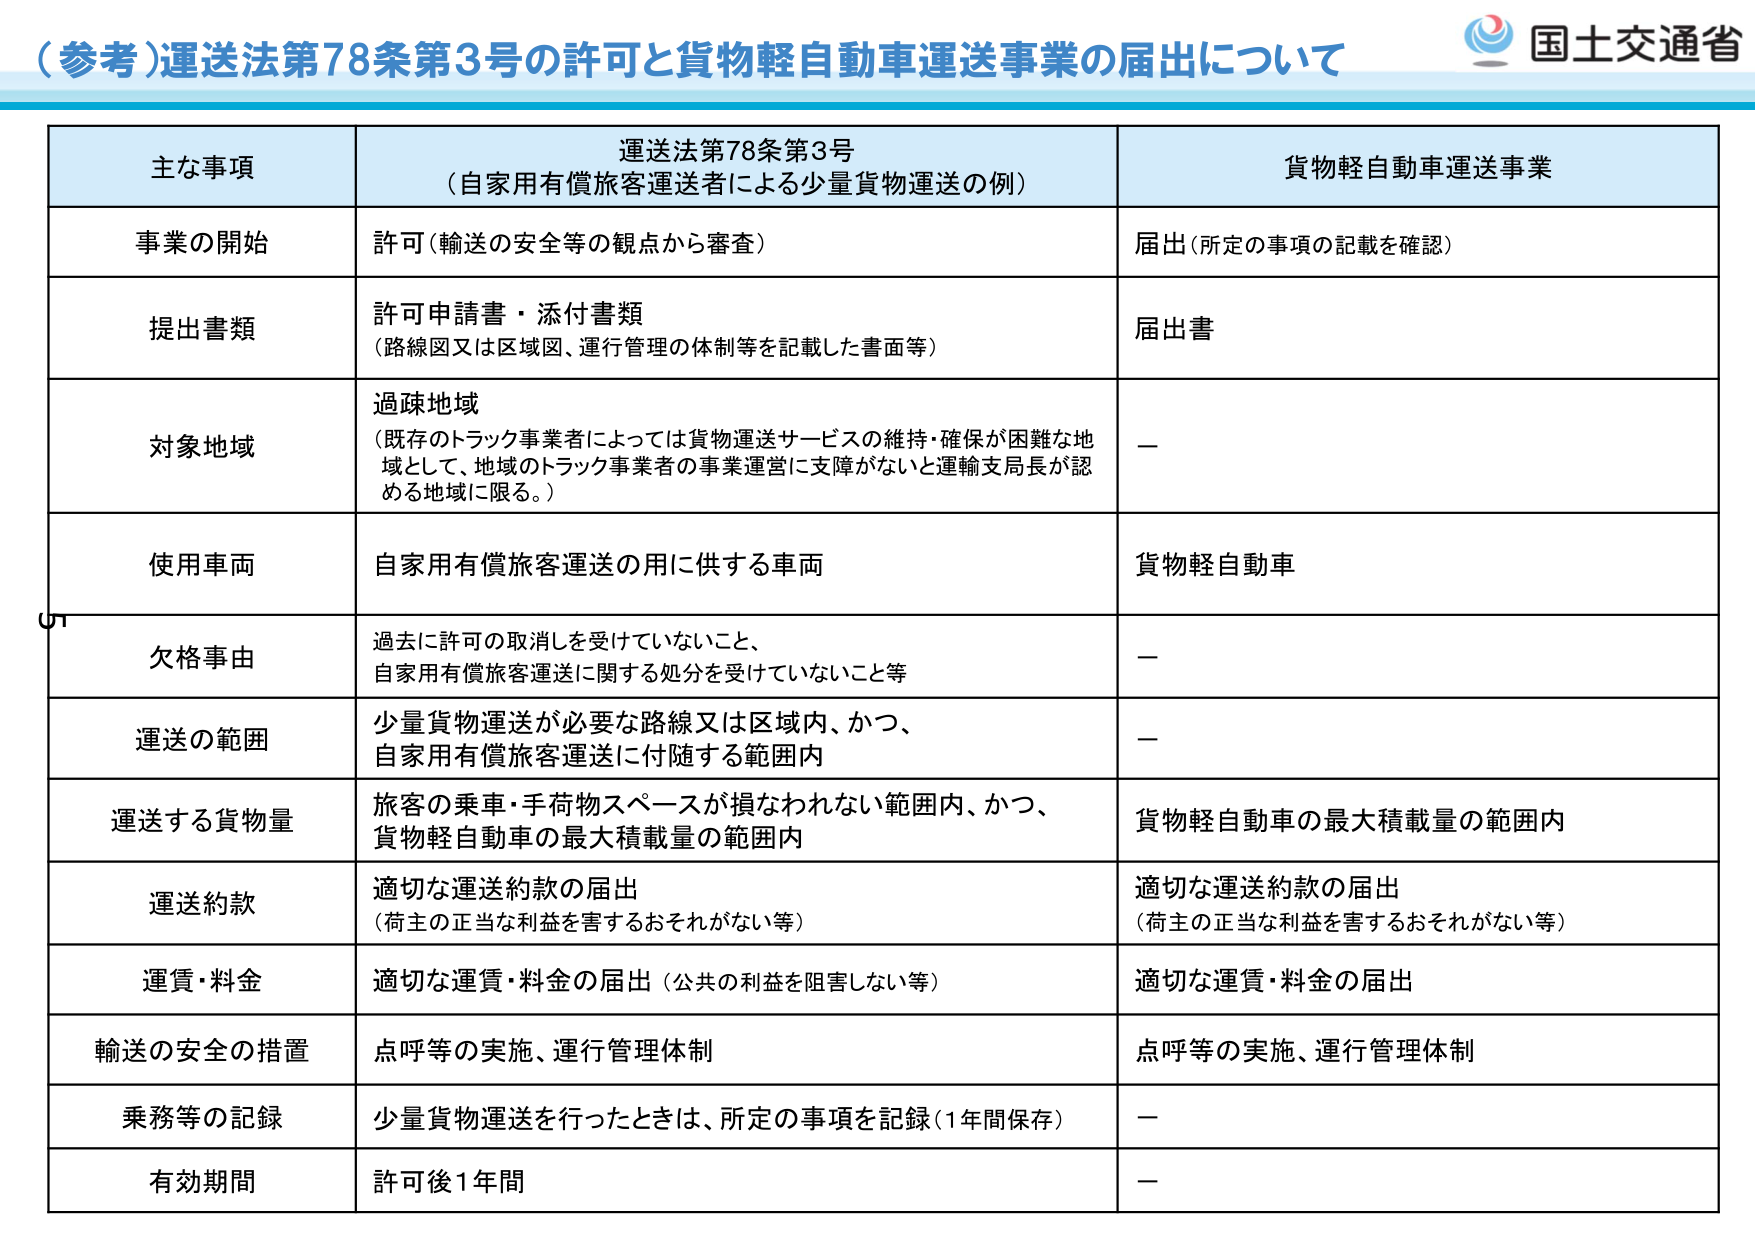
（参考）運送法第78条第3号の許可と貨物軽自動車運送事業の届出について
国土交通省

主な事項
運送法第78条第3号
（自家用有償旅客運送者による少量貨物運送の例）
貨物軽自動車運送事業

事業の開始
許可（輸送の安全等の観点から審査）
届出（所定の事項の記載を確認）

提出書類
許可申請書・添付書類
（路線図又は区域図、運行管理の体制等を記載した書面等）
届出書

対象地域
過疎地域
（既存のトラック事業者によっては貨物運送サービスの維持・確保が困難な地域として、地域のトラック事業者の事業運営に支障がないと運輸支局長が認める地域に限る。）
－

使用車両
自家用有償旅客運送の用に供する車両
貨物軽自動車

欠格事由
過去に許可の取消しを受けていないこと、
自家用有償旅客運送に関する処分を受けていないこと等
－

運送の範囲
少量貨物運送が必要な路線又は区域内、かつ、
自家用有償旅客運送に付随する範囲内
－

運送する貨物量
旅客の乗車・手荷物スペースが損なわれない範囲内、かつ、
貨物軽自動車の最大積載量の範囲内
貨物軽自動車の最大積載量の範囲内

運送約款
適切な運送約款の届出
（荷主の正当な利益を害するおそれがない等）
適切な運送約款の届出
（荷主の正当な利益を害するおそれがない等）

運賃・料金
適切な運賃・料金の届出（公共の利益を阻害しない等）
適切な運賃・料金の届出

輸送の安全の措置
点呼等の実施、運行管理体制
点呼等の実施、運行管理体制

乗務等の記録
少量貨物運送を行ったときは、所定の事項を記録（1年間保存）
－

有効期間
許可後1年間
－